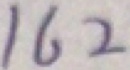
1 6 2